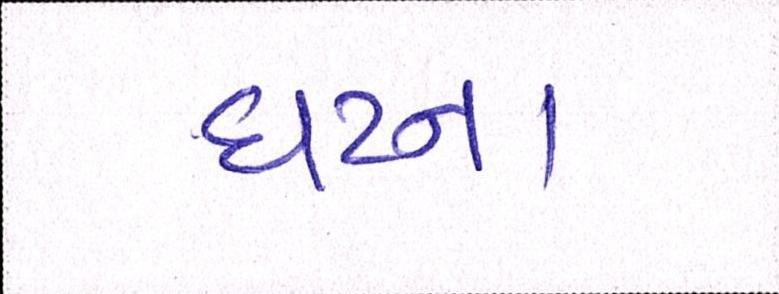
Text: ઘટના